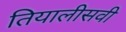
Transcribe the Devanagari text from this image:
तियालीसवी